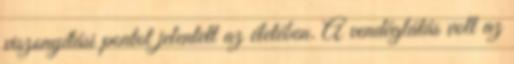
viszonyítási pontot jelentett az életében. A vendéglátás volt az